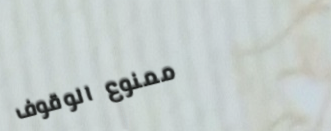
ممنوع الوقوف